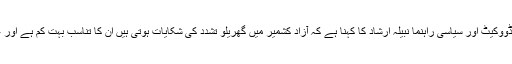
اس حوالے سے آزاد کشمیر سے تعلق رکھنے والی ایڈووکیٹ اور سیاسی راہنما نبیلہ ارشاد کا کہنا ہے کہ آزاد کشمیر میں گھریلو تشدد کی شکایات ہوتی ہیں ان کا تناسب بہت کم ہے اور عموما یہ شکایا ت دیہی علاقوں سے سامنے آتی ہیں۔